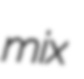
mix